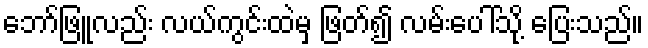
ဘော်ဖြူလည်း လယ်ကွင်းထဲမှ ဖြတ်၍ လမ်းပေါ်သို့ ပြေးသည်။